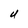
Character: U